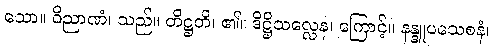
သော။ ဝိညာဏံ၊ သည်။ တိဋ္ဌတိ၊ ၏။ ဒိဋ္ဌိသလ္လေန၊ ကြောင့်။ နန္ဒူပသေစနံ၊